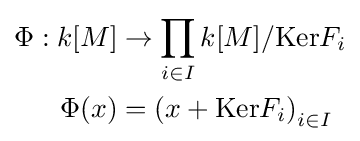
{\begin{aligned}\Phi :k[M]&\to \prod _{i\in I}k[M]/\mathrm {Ker} F_{i}\\\Phi (x)&=\left(x+\mathrm {Ker} F_{i}\right)_{i\in I}\end{aligned}}